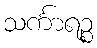
သင်္ကာရဉ္စ